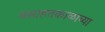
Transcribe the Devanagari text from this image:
वसाहतकाळाच्या